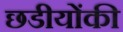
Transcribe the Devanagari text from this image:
छडीयोंकी